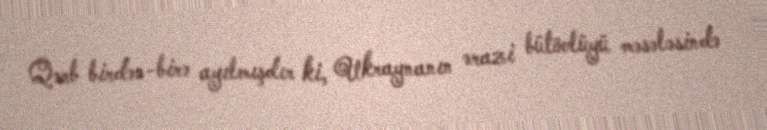
Qərb birdən-birə ayılmışdır ki, Ukraynanın ərazi bütövlüyü məsələsində